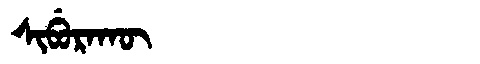
Manchu: ᠰᡳᠪᡠᡵᠠᡴᡡ
Romanization: SIBURAKŪ